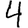
Digit: 4